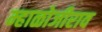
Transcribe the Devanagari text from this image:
म्हाळोजीराव